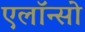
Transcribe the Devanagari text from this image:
एलॉन्सो